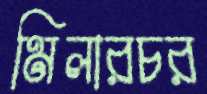
মিলারচর